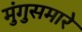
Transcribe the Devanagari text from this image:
मुंगुसमारे